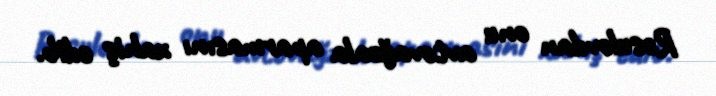
Rəsulovdan onu avtovağzala aparmasını xahiş edib.